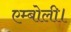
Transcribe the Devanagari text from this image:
एम्बोली।